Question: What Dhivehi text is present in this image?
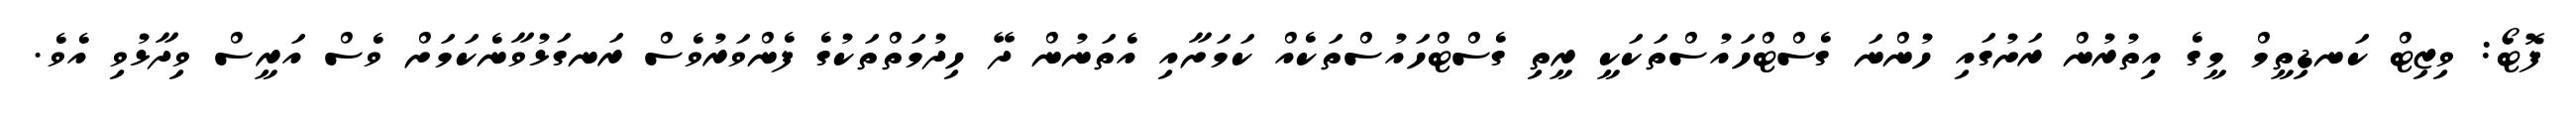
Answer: ފޮޓޯ: ވިޒިޓް ކަނޑިތީމް މީގެ އިތުރުން ރަށުގައި ހުންނަ ގެސްޓްހައުސްތަކަކީ ރީތި ގެސްޓްހައުސްތަކެއް ކަމަށާއި އެތަނުން ދޭ ހިދުމަތްތަކުގެ ފެންވަރުވެސް ރަނގަޅުވާނެކަމަށް ވެސް އަރީސް ވިދާޅުވި އެވެ.